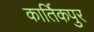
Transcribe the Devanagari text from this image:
कार्तिकपुर